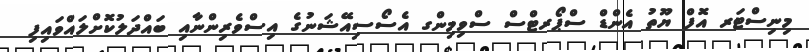
މިނިސްޓަރ އޮފް ޔޫތު އެންޑް ސްޕޯރޓްސް ސްވިމިންގ އެސޯސިއޭޝަނުގެ އިސްވެރިންނާއި ބައްދަލުކޮށްލައްވައިފި